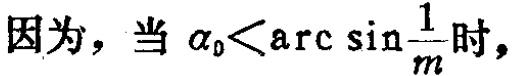
因为，当\(\alpha_{0}<\arcsin\frac{1}{m}\)时，